Annual report on the health of the army in India
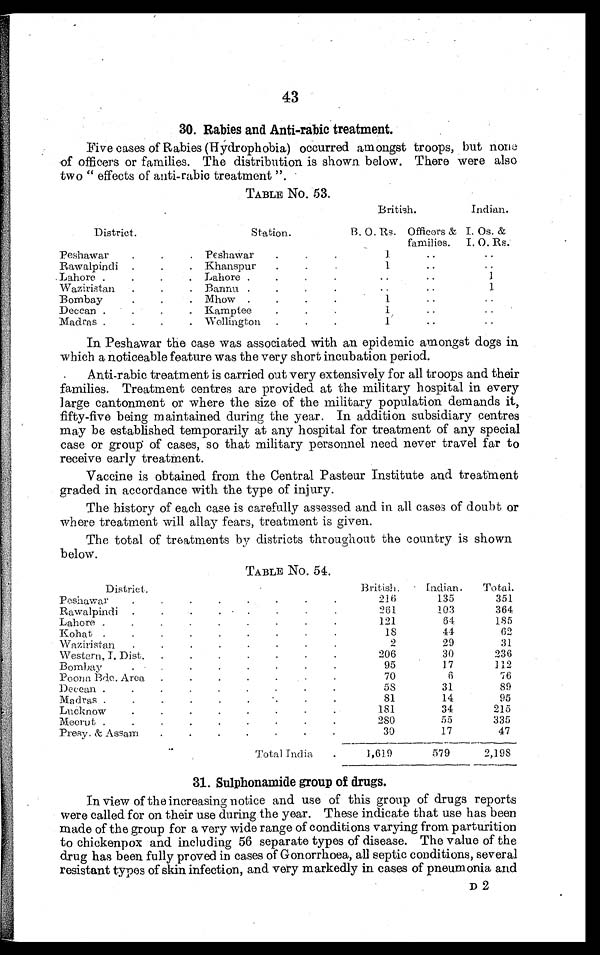
43
30. Rabies and Anti-rabic treatment.
Five cases of Rabies (Hydrophobia) occurred amongst troops, but none
of officers or families. The distribution is shown below. There were also
two " effects of anti-rabic treatment ".
TABLE No. 53.
British.
Indian.
District.
Station.
B. O. Rs. Officers &
families.
I. Os. &
I. O. Rs.
Peshawar
.
. .
Peshawar
.
.
.
1
.. ..
Rawalpindi .
. .
Khanspur
.
.
.
1
..
..
Lahore .
.
.
Lahore .
.
.
.. ..
1
Waziristan .
. . Bannu .
.
.
..
..
1
Bombay
.
.
.
Mhow .
.
.
.
1
..
..
Deccan .
.
.
Kamptee
.
.
1
..
..
Madras .
.
.
Wellington .
.
.
1
..
..
In Peshawar the case was associated with an epidemic amongst dogs in
which a noticeable feature was the very short incubation period.
Anti-rabic treatment is carried out very extensively for all troops and their
families. Treatment centres are provided at the military hospital in every
large cantonment or where the size of the military population demands it,
fifty-five being maintained during the year. In addition subsidiary centres
may be established temporarily at any hospital for treatment of any special
case or group of cases, so that military personnel need never travel far to
receive early treatments.
Vaccine is obtained from the Central Pasteur Institute and treatment
graded in accordance with the type of injury.
The history of each case is carefully assessed and in all cases of doubt or
where treatment will allay fears, treatment is given.
The total of treatments by districts throughout the country is shown
below.
TABLE No. 54.
District.
British.
Indian.
Total.
Peshawar
.
. . . . . . .
216
135
351
Rawalpindi.
.
.
.
.
.
.
.
261
103
364
Lahore .
.
.
.
.
,
. . .
121
64
185
Kohat .
.
.
. . . . . .
18
44
62
Waziristan .
. . . . . . .
2
29
31
Western, I. Dist. .
.
.
.
. . .
206
30
236
Bombay-
.
.
9 5
1 7
1 1 2
Poona Bde. Area .
.
.
. . . .
70
6
76
Deccan .
. .
.
. . . . .
58
31
89
Madras .
.
. . . . . . .
81
14
95
Lucknow
.
. - . . . . .
181
34
215
Meerut .
.
.
.
.
.
. . .
280
55
335
Presy. & Assam
.
.
30
17
47
Total India .
1,61.9
579
2,198
31. Sulphonamide group of drugs.
In view of the increasing notice and use of this group of drugs reports
were called for on their use during the year. These indicate that use has been
made of the group for a very wide range of conditions varying from parturition
to chickenpox and including 56 separate types of disease. The value of the
drug has been fully proved in cases of Gonorrhoea, all septic conditions, several
resistant types of skin infection, and very markedly in cases of pneumonia and
D 2